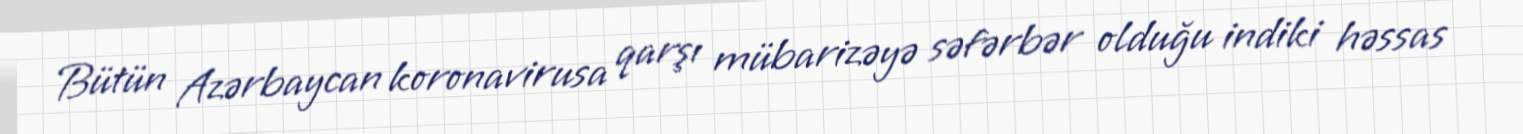
Bütün Azərbaycan koronavirusa qarşı mübarizəyə səfərbər olduğu indiki həssas